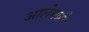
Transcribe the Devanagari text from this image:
आलेमन्नी